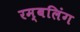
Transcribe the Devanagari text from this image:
रम्बलिंग